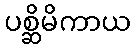
ပစ္ဆိမိကာယ